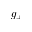
g _ { + }